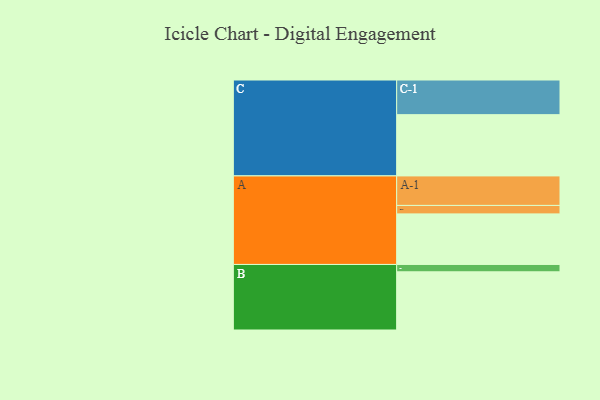
{"axis": {"x": "Segment", "y": "Value"}, "legend": ["", "A", "B", "C"], "data": [{"x": "A", "y": 413, "type": ""}, {"x": "B", "y": 475, "type": ""}, {"x": "C", "y": 500, "type": ""}, {"x": "A-1", "y": 241, "type": "A"}, {"x": "A-2", "y": 69, "type": "A"}, {"x": "B-1", "y": 60, "type": "B"}, {"x": "C-1", "y": 283, "type": "C"}]}